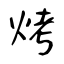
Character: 烤